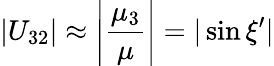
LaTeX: |U_{32}|\approx\left|\frac{\mu_{3}}{\mu}\right|=|\sin\xi^{\prime}|